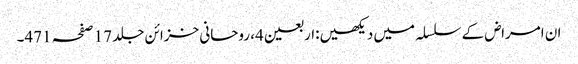
ان امراض کے سلسلہ میں دیکھیں:اربعین4، روحانی خزائن جلد 17 صفحہ 471۔